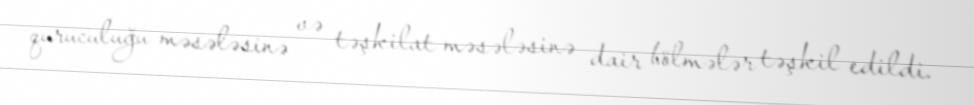
quruculuğu məsələsinə və təşkilat məsələsinə dair bölmələr təşkil edildi.